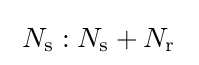
\;N_{\text{s}}:N_{\text{s}}+N_{\text{r}}~